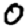
Digit: 0